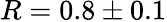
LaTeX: R=0.8\pm 0.1